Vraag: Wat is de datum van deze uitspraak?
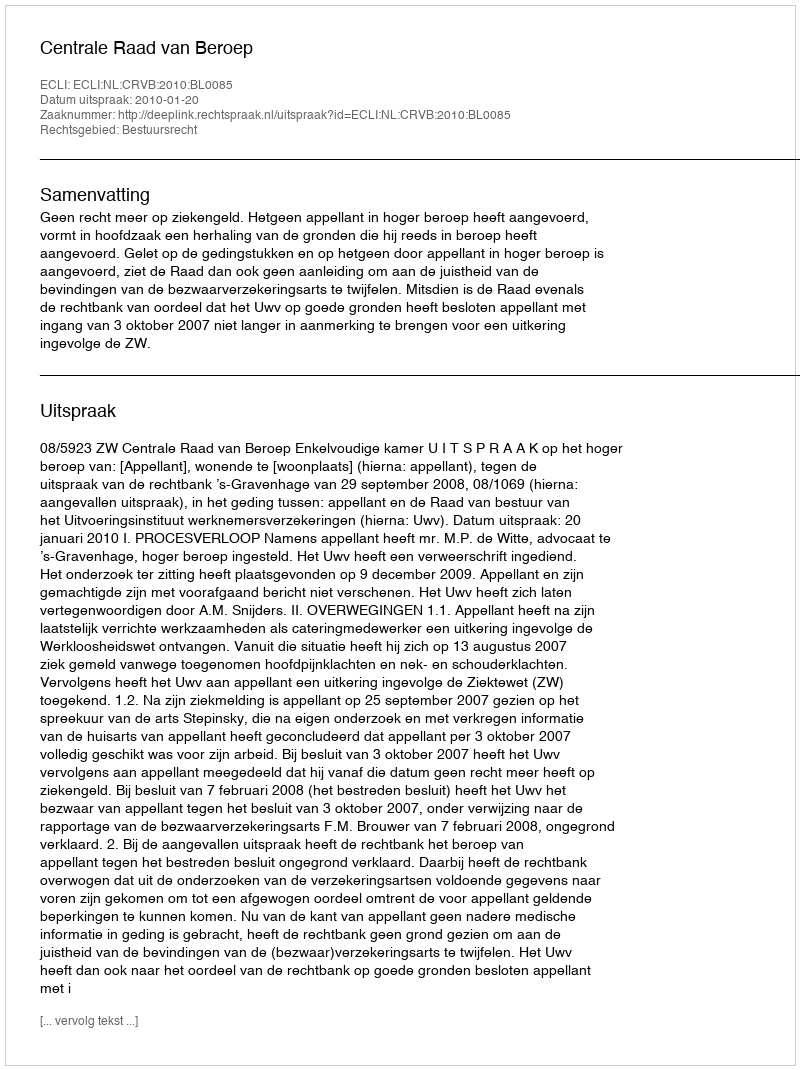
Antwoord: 2010-01-20